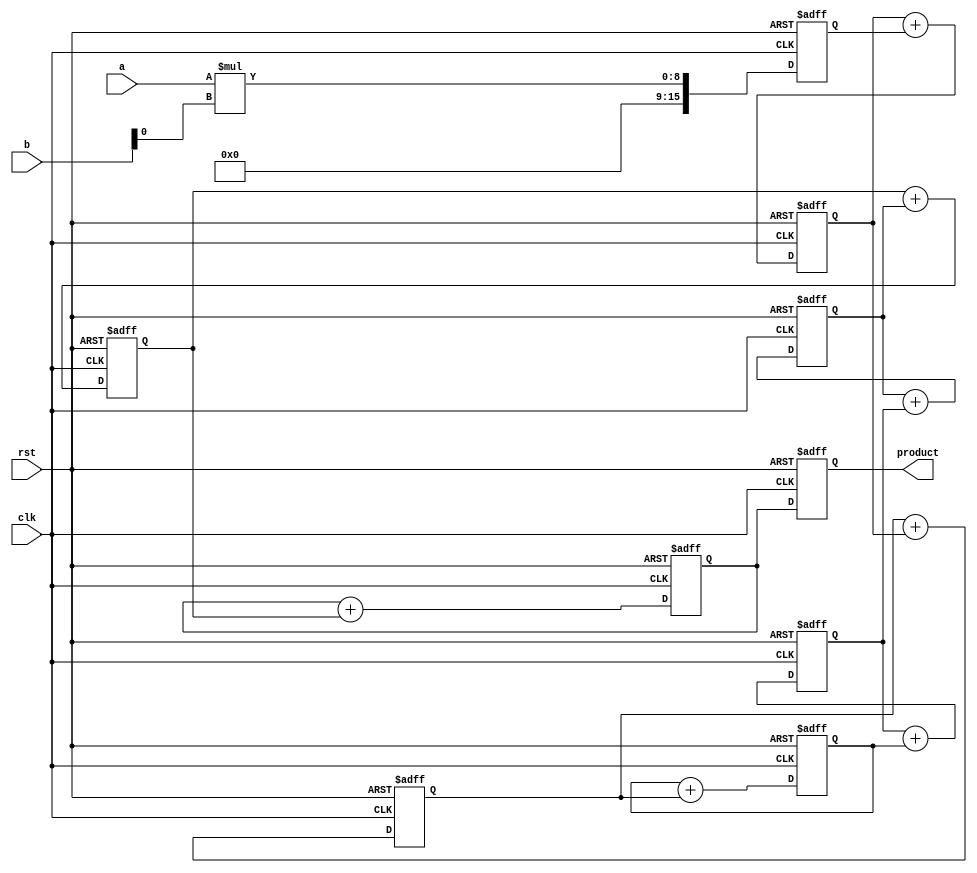
module multiplier(
  input wire [7:0] a,
  input wire [7:0] b,
  input wire clk,
  input wire rst,
  output reg [15:0] product
);

  reg [15:0] partial_products [0:7]; // Array to store partial products
  integer i; // Declare i outside the procedural block

  always @(posedge clk or posedge rst)
    if (rst) begin
      product <= 16'b0;

      // Reset partial products individually
      for (i = 0; i < 8; i = i + 1) begin
        partial_products[i] <= 16'b0;
      end
    end
    else begin
      // Parallel multiplier
      for (i = 0; i < 8; i = i + 1) begin
        partial_products[i] <= a * b[i];
      end

      // Pipeline stage: Accumulate partial products
      for (i = 1; i < 8; i = i + 1) begin
        partial_products[i] <= partial_products[i] + partial_products[i-1];
      end

      // Final result
      product <= partial_products[7];
    end
endmodule